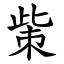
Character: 㭰